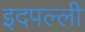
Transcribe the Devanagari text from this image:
इदपल्ली